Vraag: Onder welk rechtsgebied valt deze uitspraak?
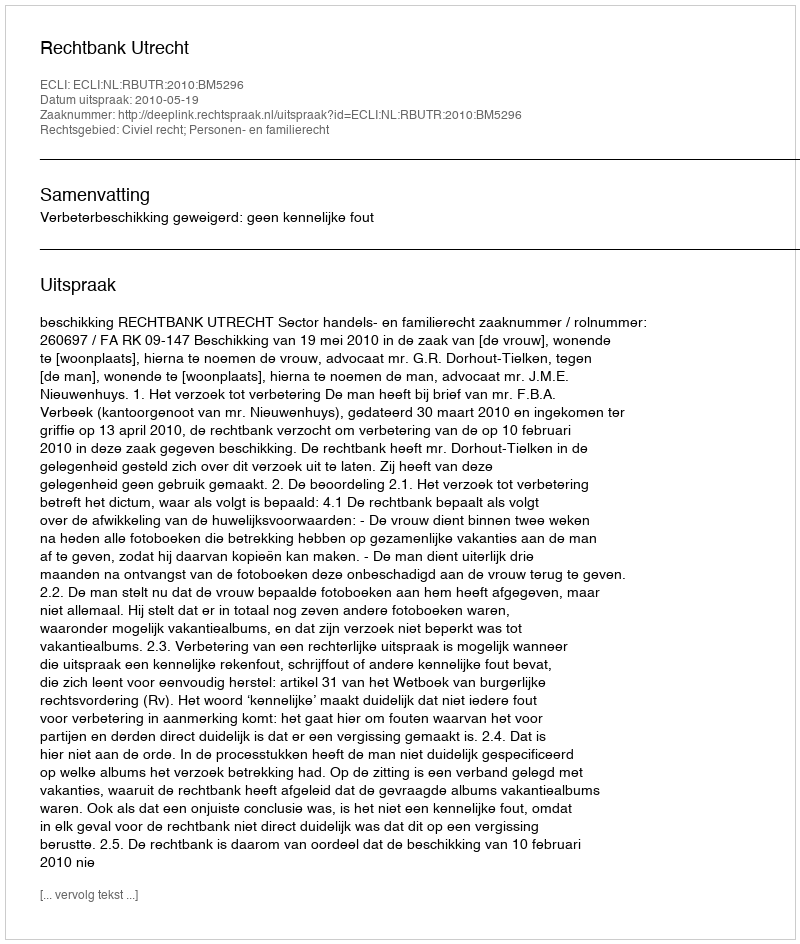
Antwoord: Civiel recht; Personen- en familierecht